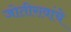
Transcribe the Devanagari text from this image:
जोतीरावांचे